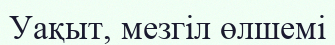
Уақыт, мезгіл өлшемі